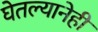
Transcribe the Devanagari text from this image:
घेतल्यानेही